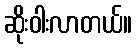
ဆိုးဝါးလာတယ်။